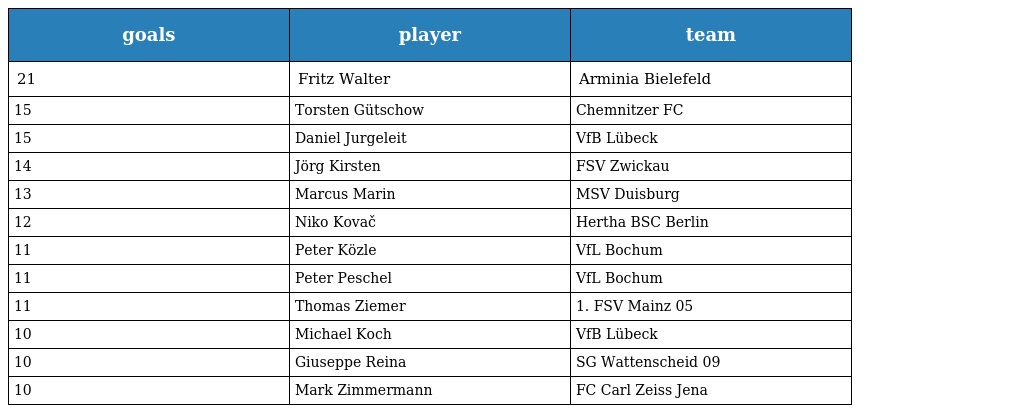
| goals | player | team |
 | --- | --- | --- |
 | 21 | Fritz Walter | Arminia Bielefeld |
 | 15 | Torsten Gütschow | Chemnitzer FC |
 | 15 | Daniel Jurgeleit | VfB Lübeck |
 | 14 | Jörg Kirsten | FSV Zwickau |
 | 13 | Marcus Marin | MSV Duisburg |
 | 12 | Niko Kovač | Hertha BSC Berlin |
 | 11 | Peter Közle | VfL Bochum |
 | 11 | Peter Peschel | VfL Bochum |
 | 11 | Thomas Ziemer | 1. FSV Mainz 05 |
 | 10 | Michael Koch | VfB Lübeck |
 | 10 | Giuseppe Reina | SG Wattenscheid 09 |
 | 10 | Mark Zimmermann | FC Carl Zeiss Jena |